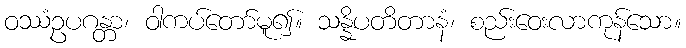
ဝဿံဥပဂန္တာ၊ ဝါကပ်တော်မူ၍။ သန္နိပတိတာနံ၊ စည်းဝေးလာကုန်သော။